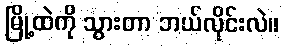
မြို့ထဲကို သွားတာ ဘယ်လိုင်းလဲ။